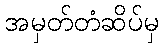
အမှတ်တံဆိပ်မှ